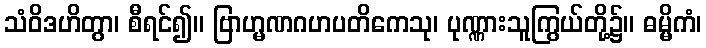
သံဝိဒဟိတွာ၊ စီရင်၍။ ဗြာဟ္မဏဂဟပတိကေသု၊ ပုဏ္ဏားသူကြွယ်တို့၌။ ဓမ္မိကံ၊